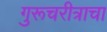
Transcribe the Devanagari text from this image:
गुरूचरीत्राचा